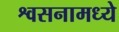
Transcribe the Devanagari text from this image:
श्वसनामध्ये